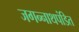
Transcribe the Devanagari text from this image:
जगन्नाथपंडित